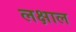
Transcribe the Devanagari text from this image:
लक्षाल